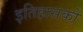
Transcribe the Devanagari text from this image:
इतिहासको